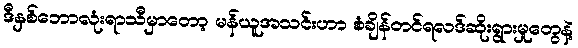
ဒီနှစ်ဘောလုံးရာသီမှာတော့ မန်ယူအသင်းဟာ စံချိန်တင်ရလဒ်ဆိုးရွားမှုတွေနဲ့